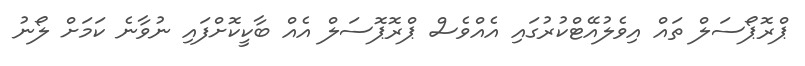
ޕްރޮޕޯސަލް ތަައް އިވެލުއޭޓްކުރުގައި އެއްވެސް ޕްރޮޕޮސަލް އެއް ބާކީކޮށްފައި ނުވާނެ ކަަމަށް ލޯނު